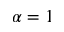
\alpha = 1